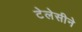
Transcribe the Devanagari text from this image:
टेलेसीने